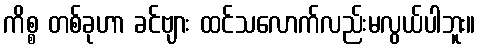
ကိစ္စ တစ်ခုဟာ ခင်ဗျား ထင်သလောက်လည်းမလွယ်ပါဘူး။